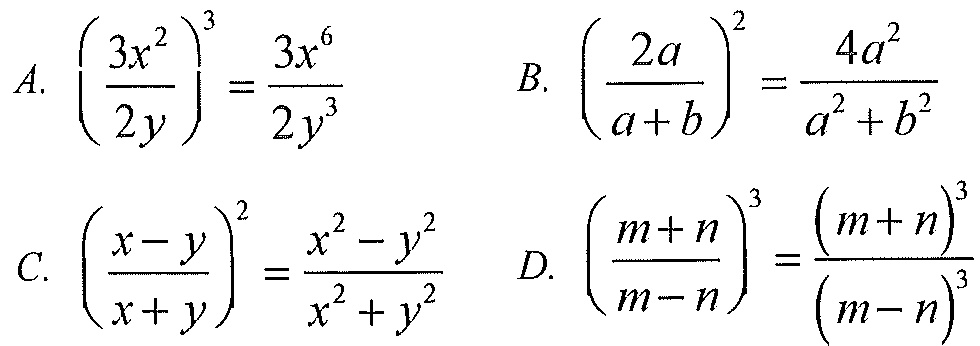
\[
\begin{align*}
A.\ &\left(\frac{3x^{2}}{2y}\right)^{3}=\frac{3x^{6}}{2y^{3}}\\
B.\ &\left(\frac{2a}{a + b}\right)^{2}=\frac{4a^{2}}{a^{2}+b^{2}}\\
C.\ &\left(\frac{x - y}{x + y}\right)^{2}=\frac{x^{2}-y^{2}}{x^{2}+y^{2}}\\
D.\ &\left(\frac{m + n}{m - n}\right)^{3}=\frac{(m + n)^{3}}{(m - n)^{3}}
\end{align*}
\]